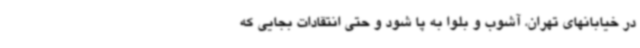
در خیابانهای تهران، آشوب و بلوا به پا شود و حتی انتقادات بجایی که